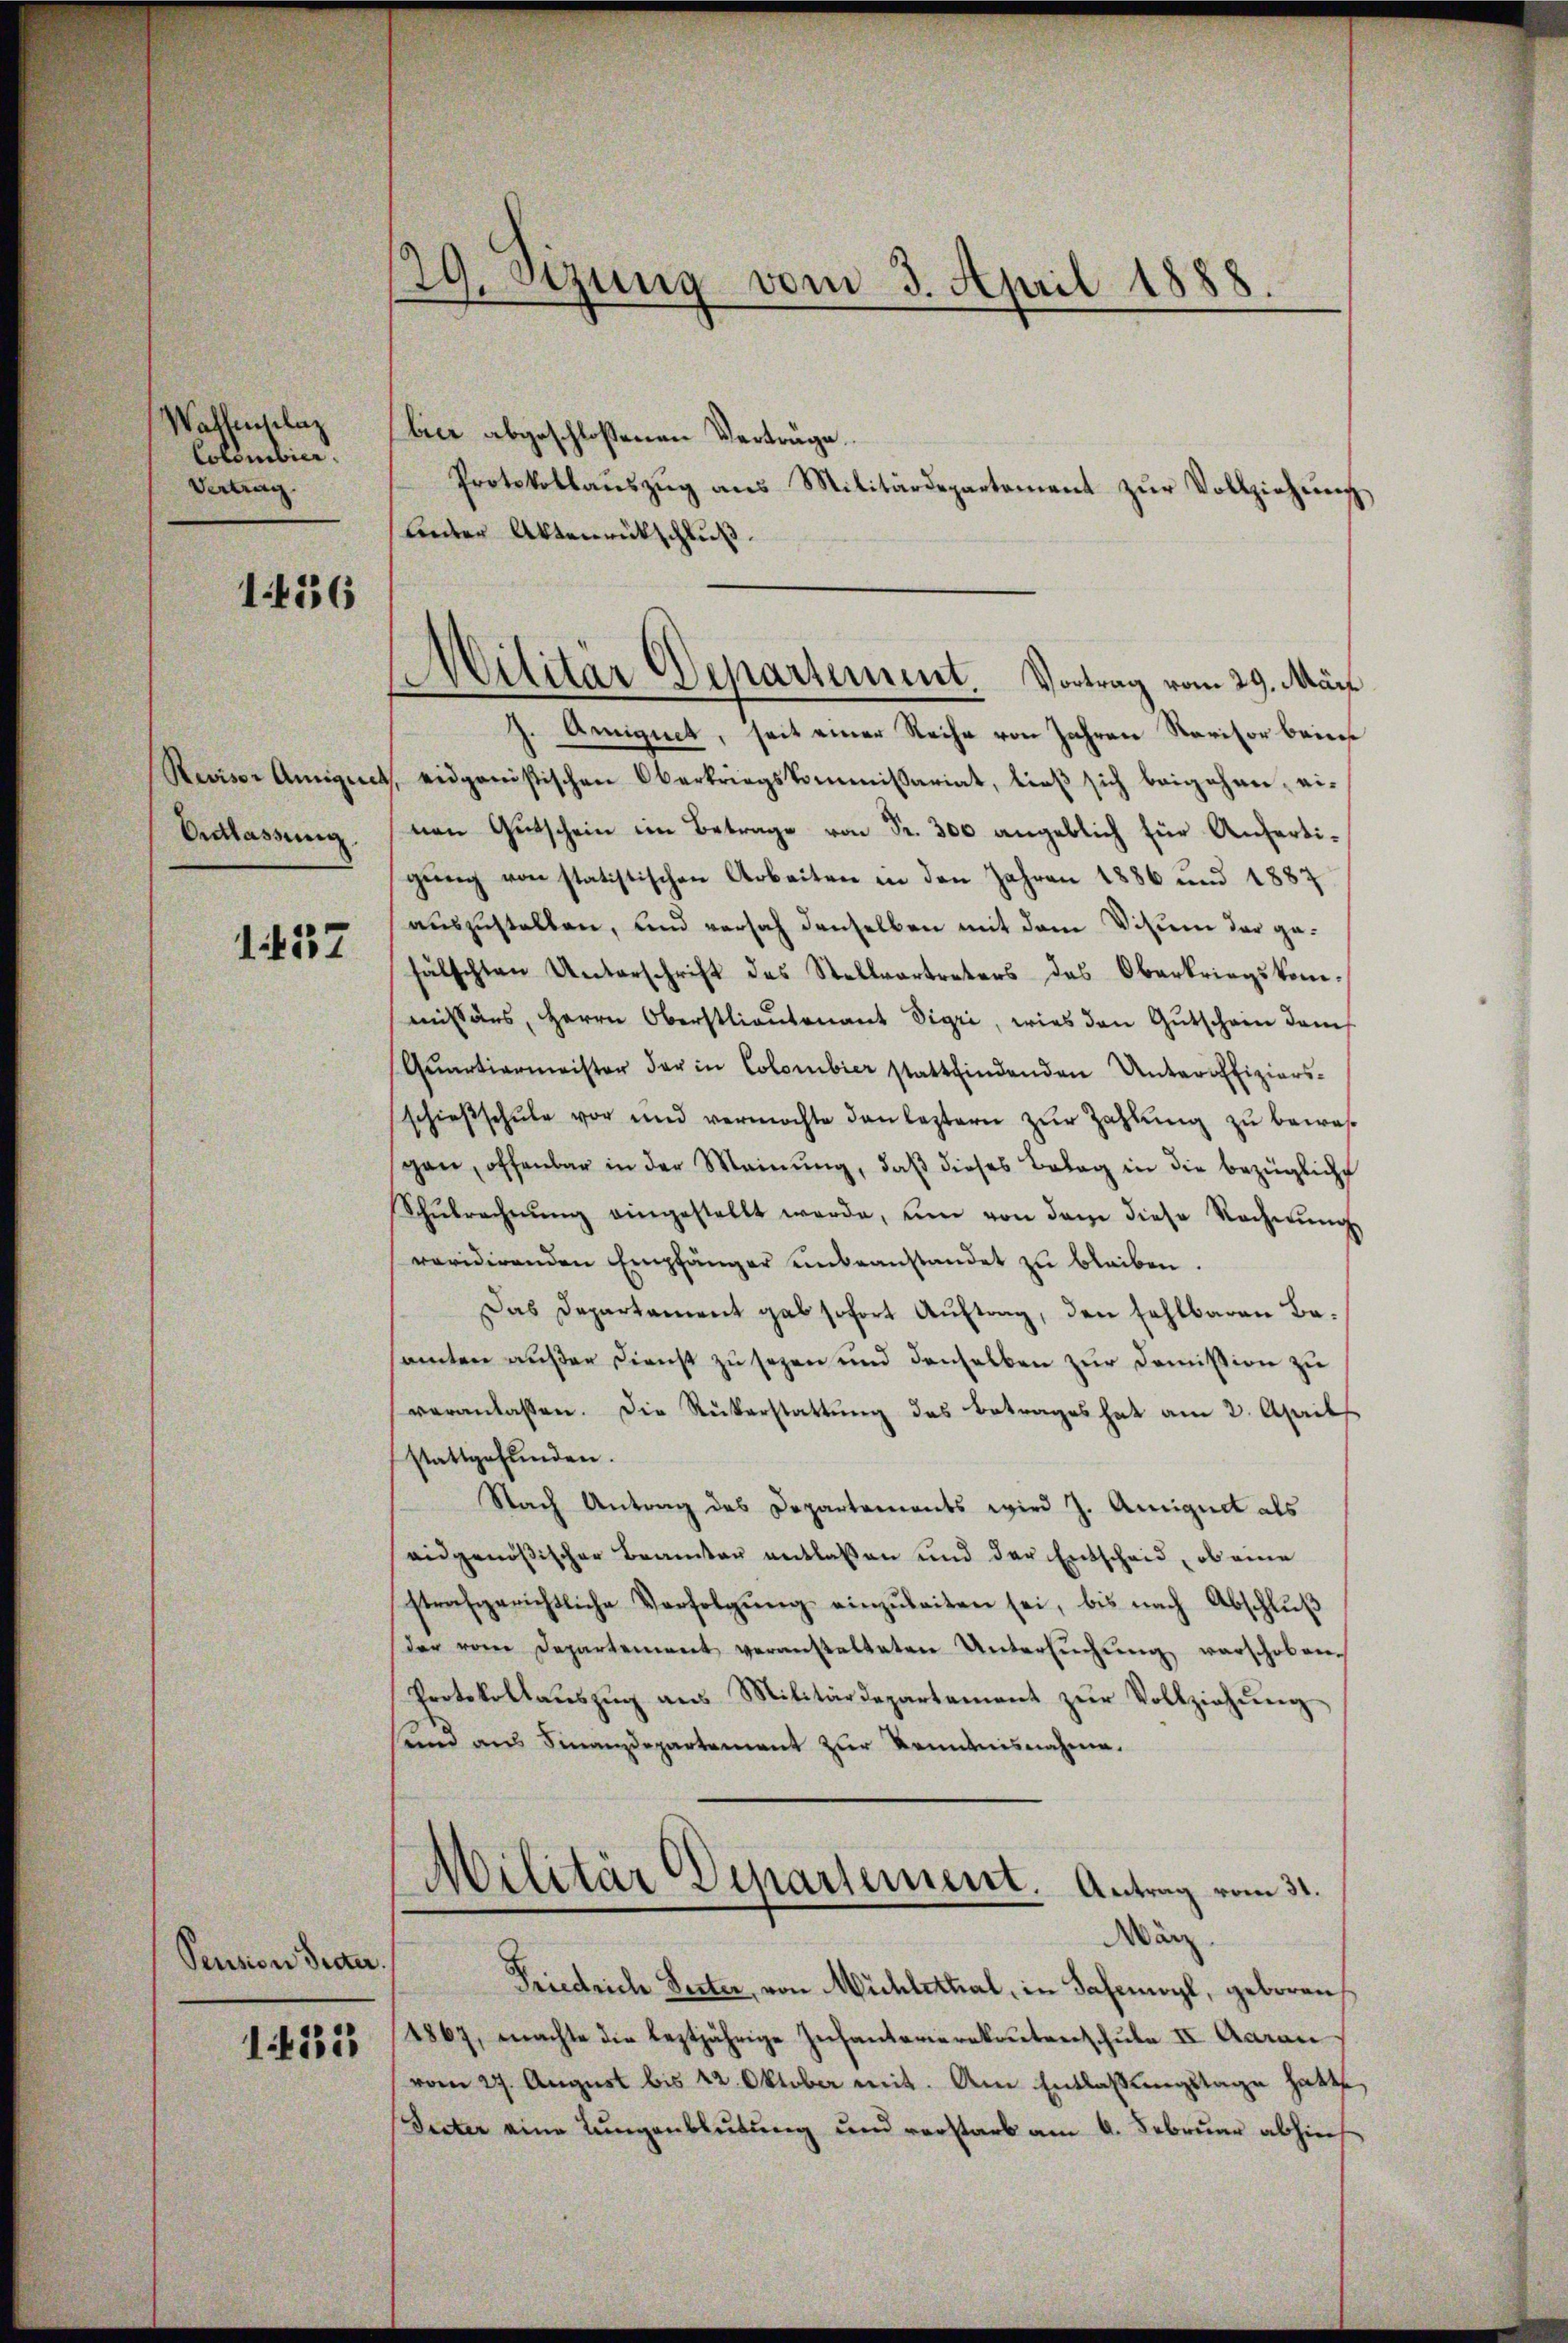
Wassenschlag
Cotombier.
Vertrag

14336

Revisor Amigue
Entlassung.

1437

Pension Secter.

1432

29. Sizung vom 3. April 1888.

bier abgeschlossenen Verträge.
Protokollaŭszŭg ans Militärdepartement zŭr Vollziehŭng
lieder Aktenrütschluß.
J. Aignet, seit einer Reihe von Jahren Revisor beins
4. eidgonistischen Oberkriegskommissariat, ließ sich beigehen, einen Gutschein im Betrage von Fr. 300 angeblich für Anfertigŭng von statistischen Arbeiten in den Jahren 1886 und 1887
auszustellen, und versah denselben mit dem Visum der gefälschten Unterschrift des Stellvertreters das Oberkriegskommissärs, Herrn Oberstlieutenant Sigri, wies den Gutschein dem
Qŭartiermeister der in Colombier stattfindenden Unteroffiziers-
schieβschŭle vor und vermöchte den leztern zŭr Zahlŭng zu bewasgen, offenbar in der Meinŭng, daβ dieses Belag in die bezügliche
Schŭlrechnŭng eingestellt werde, um von dem diese Rechnŭng
revidirenden Empfänger unbeanstandet zu bleiben.
Das Departament gab sofort Auftrag, den fehlbaren Beamten außer Dienst zu sezen und denselben zur Domision zu
veranlassen. Die Rükerstattŭng des Betrages hat am 2. Aprils
stattgefunden.
Nach Antrag des Departements wird J. Aneignet als
eidgenößischer Beamter entlaßen und der Entscheid, ob eine
strafgerichtliche Verfolgung einzuleiten sei, bis nach Abschluß
der vom Departement veranstalteten Untersŭchŭng verschoben,
Protokollauszug aus Militärdepartement zur Vollziehung
sund aus Finanzdepartement zur Kenntnisnahme.
Militär Departement. Antrag vom 31.
März.
Friedrich Seiter, von Mühlettial, in Jahrmoyl, geboren
4867, machte die leztjährige Infanterierekrutenschule II. Aarau
vom 27. August bis 42. Oktober mit. Am Entlassungstage hatte,
Secter eine Lungenblutung und verstarb am 6. Februar abhins

Militär Departement. Vortrag vom 29. März